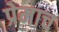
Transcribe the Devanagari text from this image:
प्रेमाच